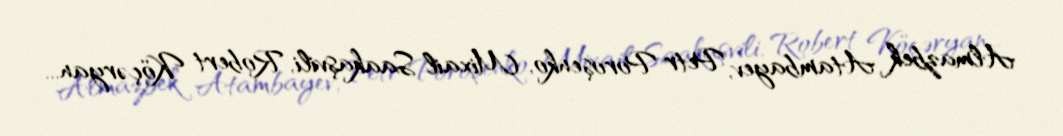
Almazbek Atambayev, Petr Poroşenko, Mixail Saakaşvili, Robert Köçəryan...